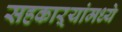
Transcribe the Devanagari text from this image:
सहकाऱ्यांमध्ये